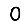
Digit: 0